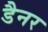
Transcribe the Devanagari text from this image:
डैनर